Problem: 5 × 7 = ?
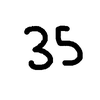
Handwritten answer: 35